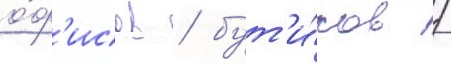
о́ф'исов / бут'и́ков /